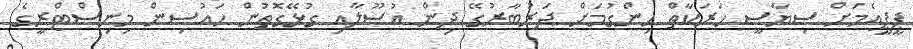
ޕީޕީއެމަށް ސިޔާސީ ހަރަކާތް ހިންގުމަށް ދަރުބާރުގޭ ދިން އުސޫލާއި ގުޅޭގޮތުން ހައުސިން މިނިސްޓްރީގެ